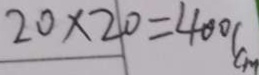
2 0 \times 2 0 = 4 0 0 ( c m